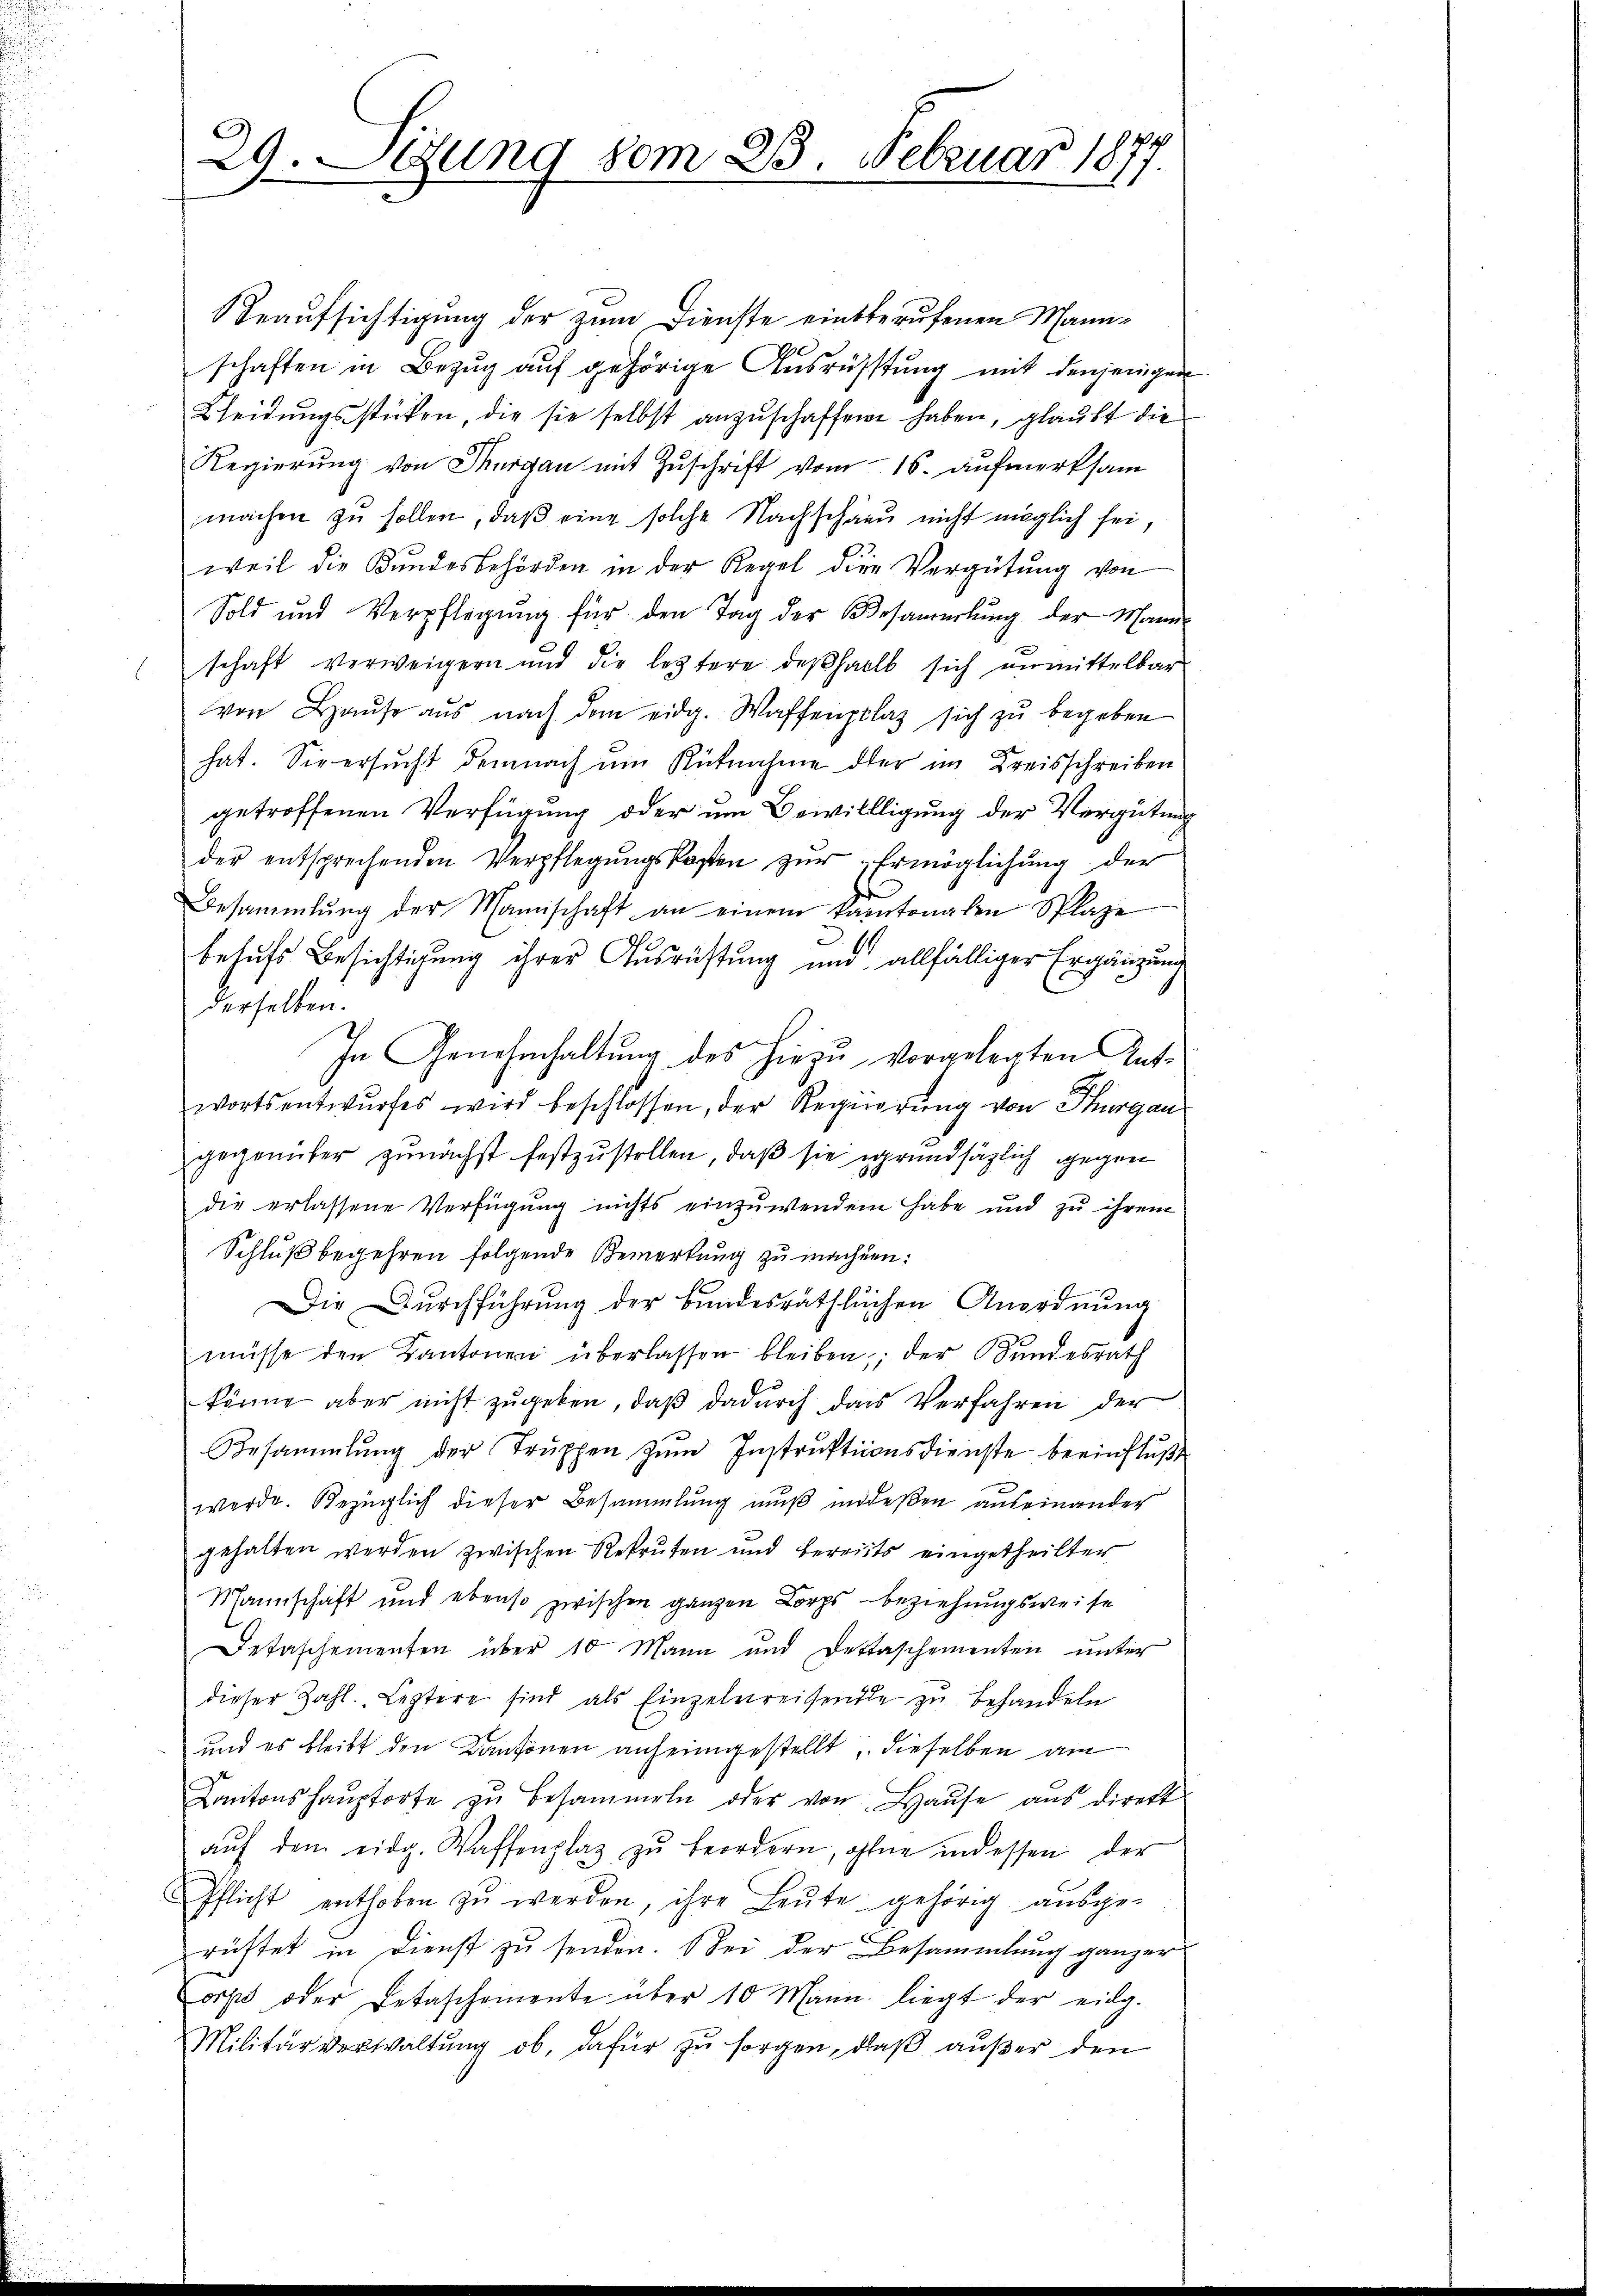
29.8gung vom 23. Februar 1877.

Beaufsichtigung der zum Dienste einberufenen Mannschaften in Bezug auf gehörige Ausrüstung mit denjenigen
Sheidungsstücken, die sie selbst anzuschaffene haben, glaubt die
Regierŭng von Thurgau mit Zŭschrift vom 16. Aufmerksam
machen zu sollen, daß eine solche Nachschau nicht möglich sei,
weil die Kundesbehörden in der Regel die Vergütung von
Sold und Verpflegŭng für den Tag der Besammlung der Mann
schaft verweigern und die letztere deβhalb sich ŭnmittelbar
von Haŭse aŭs nach dem eidg. Waffenplaz sich zŭ begeben
hat. Sie ersŭcht demnach ŭm Rütnahme der im Kreisschreiben
getroffenen Verfügung oder um Bewillligung der Vergütung
der entsprechenden Verpflegungskosten zur Ermöglichung der
Besammlung der Mannschaft an einem kantonalen Splaze
1
behufs Besichtigung ihrer Ausrüstung und allfälliger Ergänzung
derselben.
In Genehmhaltung des hiezu vorgelegten Antwortsentwŭrfes wird beschlossen, der Regierung von Thurgau
gegenüber zunächst festzustellen, daß sie grundsätzlich gegen
die erlassene Verfügung nichts einzuwenden habe und zu ihrem
Schluß begehren folgende Bemerkung zu machten:
Die Durchführung der bundesräthlichen Anordnung
müsse den Kantonen überlassen bleiben, der Bundesrath
könne aber nicht zugeben, daß dadurch das Verfahren der
Besammlung der Trŭppen zŭm Instrŭktionsdienste beeinflußt
werde. Bezüglich dieser Besammlung muß indeßen auseinander
gehalten werden zwischen Rekruten und bereits eingetheilter
Mannschaft und ebenso zwischen ganzen Korps beziehungsweise
Ietaschementen über 10 Mann und Dettaschementen unter
dieser Zahl. Leztere sind als Einzelereisende zu behandeln
und es bleibt den Kantonen anheimgestellt, dieselben am
Kantonshauptorte zŭ besammeln oder von Haŭse aus direkt
aŭf dem eidg. Waffenplaz zŭ beordern, ohne indessen der
Pflicht enthoben zŭ werden, ihre Leŭte gehörig ausge-
rüstet in Dienst zu senden. Bei der Besammlung gänzer
orpt oder Detaschemente über 10 Mann liegt der eidg.
Militärverwaltung ob, dafür zu sorgen, daß außer den